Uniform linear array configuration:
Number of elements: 64
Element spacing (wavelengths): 1
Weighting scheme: exponential
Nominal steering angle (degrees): -30
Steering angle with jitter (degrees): -31.619
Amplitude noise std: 0.05
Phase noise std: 0.05

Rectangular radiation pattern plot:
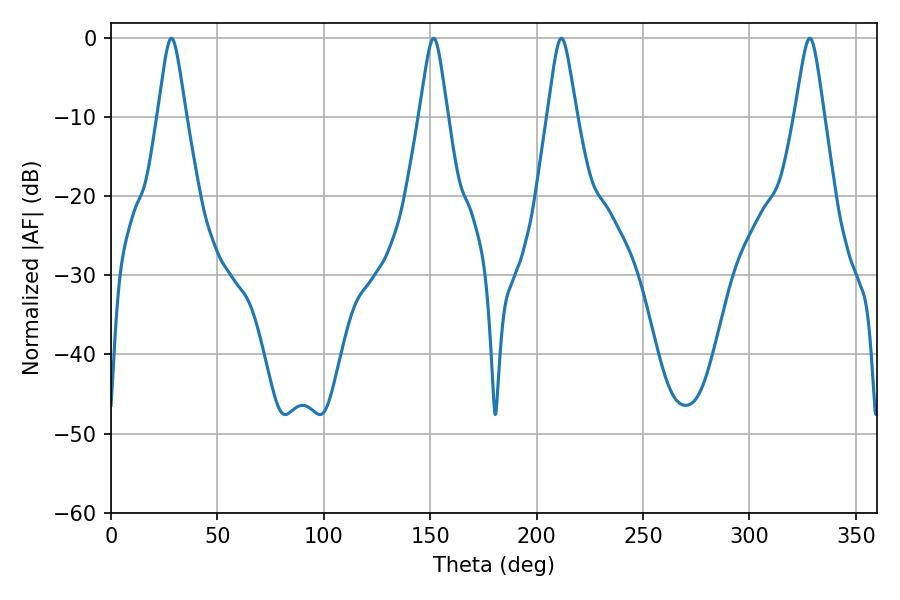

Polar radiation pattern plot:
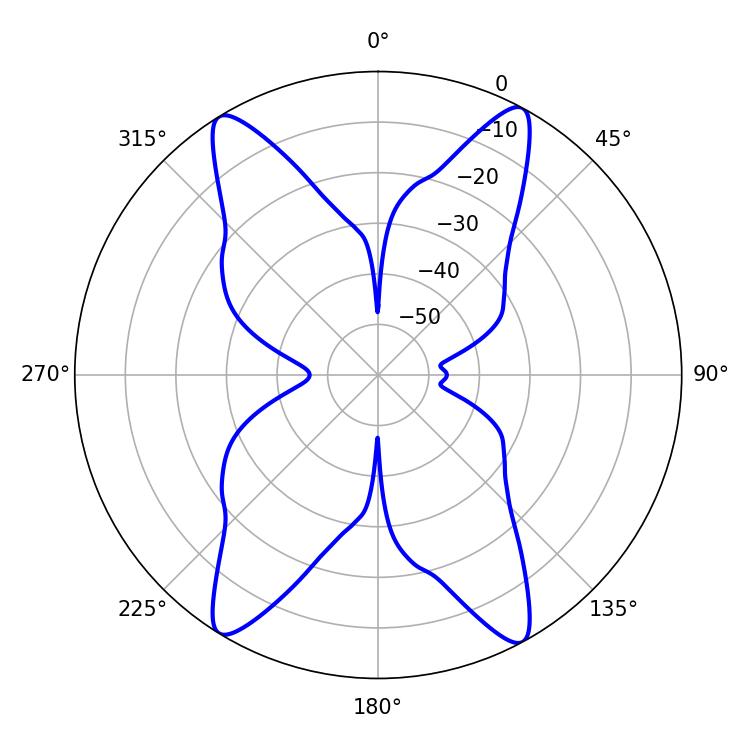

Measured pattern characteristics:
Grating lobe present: TRUE
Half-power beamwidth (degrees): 6.48
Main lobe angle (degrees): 328.32